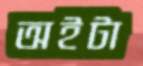
অইটা